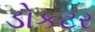
ડોકટર